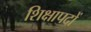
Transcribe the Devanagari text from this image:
शिक्षापदों